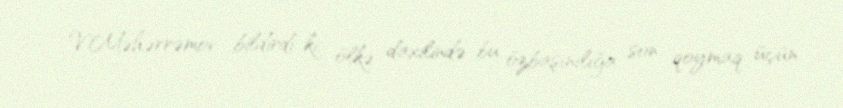
V.Məhərrəmov bildirdi ki, ölkə daxilində bu özbaşınılığa son qoymaq üçün